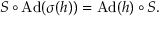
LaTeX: \displaystyle { S \circ \mathrm { A d } ( \sigma ( h ) ) = \mathrm { A d } ( h ) \circ S . }